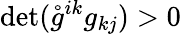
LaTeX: \operatorname*{d\mathrm{e}t}(\mathring{g}^{ik}g_{kj})>0